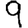
Digit: 9